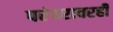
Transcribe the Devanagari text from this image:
परंपरावरही